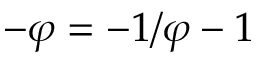
- \varphi = - 1 / \varphi - 1